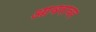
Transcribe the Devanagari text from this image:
आवरावर